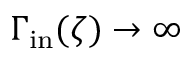
\Gamma _ { \mathrm { i n } } ( \zeta ) \to \infty